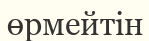
өрмейтін